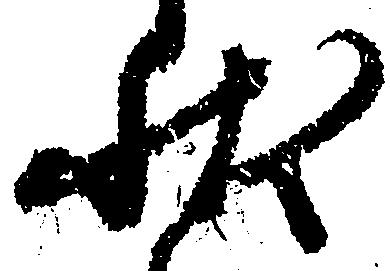
状